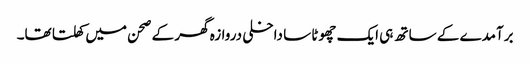
برآمدے کے ساتھ ہی ایک چھوٹا سا داخلی دروازہ گھر کے صحن میں کھلتا تھا۔